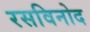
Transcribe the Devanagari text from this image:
रसविनोद